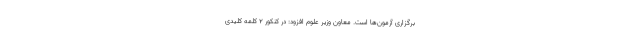
برگزاری آزمون‌ها است. معاون وزیر علوم افزود: در کنکور ۲ کلمه کلیدی